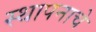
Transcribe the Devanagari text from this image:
स्थापनाचे